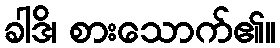
ခါဒိ၊ စားသောက်၏။